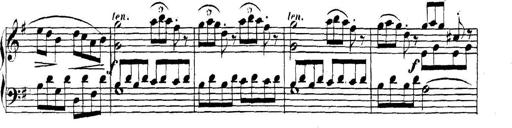
Title: Collected Piano Sonatas
Composer: Muzio Clementi